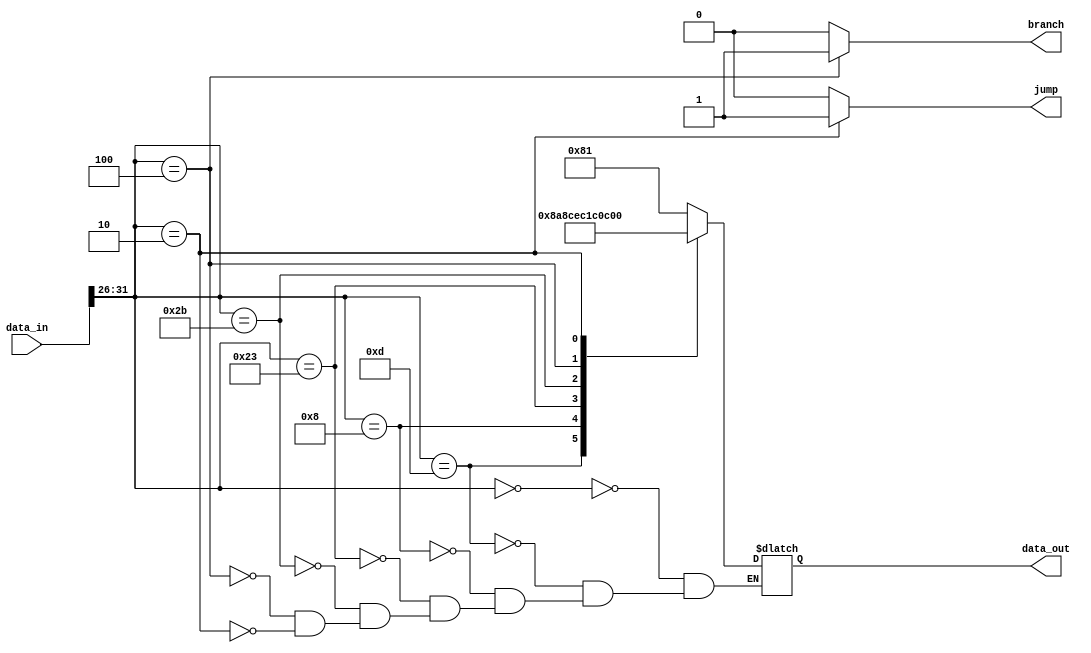
module Control
(
	data_in,
	data_out,
	branch,
	jump,
);

input	[31:0]		data_in; 
output	[7:0]		data_out;
output			branch;
output			jump;

reg	[7:0]		data_out;
reg			branch;
reg			jump;

always@(*) begin
	branch = 0;
	jump = 0;
	case(data_in[31:26])
		6'b000000:	data_out <= 8'b10000001;	//R-type
		6'b001101:	data_out <= 8'b10001010;	//ori
		6'b001000:	data_out <= 8'b10001100;	//addi
		6'b100011:	data_out <= 8'b11101100;	//lw
		6'b101011:	data_out <= 8'b00011100; 	//sw
		6'b000100:	begin	
			data_out <= 8'b00001100; 	//beq
			branch <= 1;
		end
		6'b000010:	begin	
			data_out <= 8'b00000000;	//jump
			jump <= 1;
		end
	endcase
end

endmodule